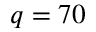
q = 7 0